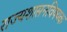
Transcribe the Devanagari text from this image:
राज्यशासनविषयक